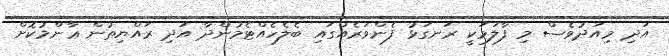
އަދި މިއަދުވެސް މި ފާލަމަކީ ރަނގަޅު ފެންވަރެއްގައި ބެލެހެއްޓެމުންދާ އަދި ރައްޔިތުން ޢާންމުކޮށް